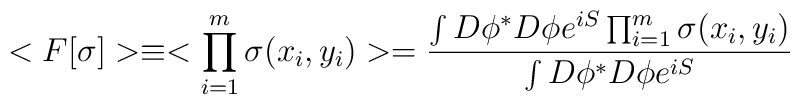
<F[\sigma ]>\equiv <\prod^{m}_{i=1}\sigma (x_{i},y_{i})>={\int D\phi^{*} D\phi e^{iS}\prod^{m}_{i=1}\sigma (x_{i},y_{i})\over\int D\phi^{*} D\phi e^{iS}}